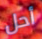
أحل